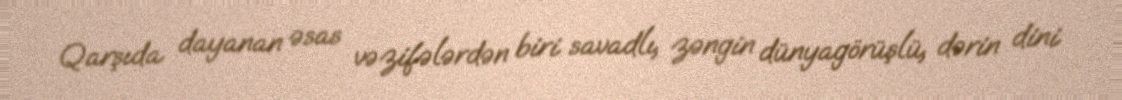
Qarşıda dayanan əsas vəzifələrdən biri savadlı, zəngin dünyagörüşlü, dərin dini